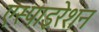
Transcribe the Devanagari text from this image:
एस्पाइरेशन